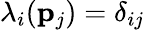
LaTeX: \lambda_{i}({\mathbf p}_{j})=\delta_{ij}